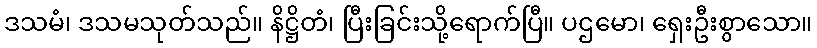
ဒသမံ၊ ဒသမသုတ်သည်။ နိဋ္ဌိတံ၊ ပြီးခြင်းသို့ရောက်ပြီ။ ပဌမော၊ ရှေးဦးစွာသော။